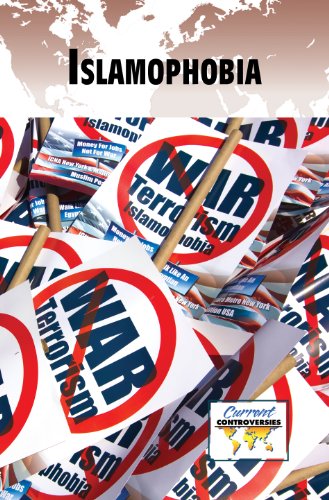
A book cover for Islamophobia (Current Controversies); Dedria Bryfonski; Teen & Young Adult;